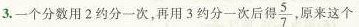
3.一个分数用2约分一次，再用3约分一次后得\frac{5}{7}，原来这个